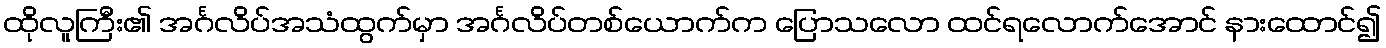
ထိုလူကြီး၏ အင်္ဂလိပ်အသံထွက်မှာ အင်္ဂလိပ်တစ်ယောက်က ပြောသလော ထင်ရလောက်အောင် နားထောင်၍